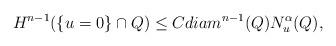
LaTeX: \begin{align*} H^{n-1}(\{u=0\}\cap Q) \leq C diam^{n-1}(Q) N_u^\alpha(Q),\end{align*}